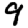
Digit: 9